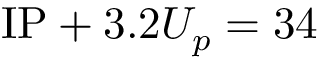
\mathrm { I P } + 3 . 2 U _ { p } = 3 4